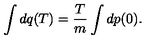
\int d q ( T ) = \frac { T } { m } \int d p ( 0 ) .